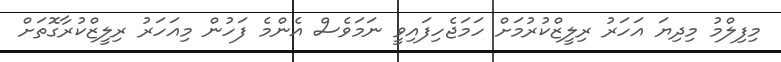
މިފިލްމު މިދިޔަ އަހަރު ރިލީޒްކުރުމަށް ހަމަޖެހިފައިވީ ނަމަވެސް އެންމެ ފަހުން މިއަހަރު ރިލީޒްކުރާގޮތަށް